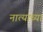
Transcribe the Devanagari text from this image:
नात्याच्या